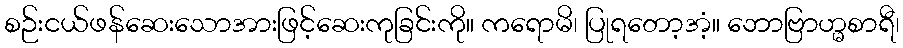
စဉ်းငယ်ဖန်ဆေးသောအားဖြင့်ဆေးကုခြင်းကို။ ကရောမိ၊ ပြုရတော့အံ့။ ဘောဗြာဟ္မစာရီ၊